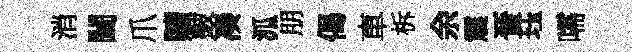
消闔爪贖皷凑泒朋偈車柝余震晉珏嚅